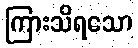
ကြားသိရသော